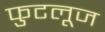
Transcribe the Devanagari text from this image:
फुटलूज